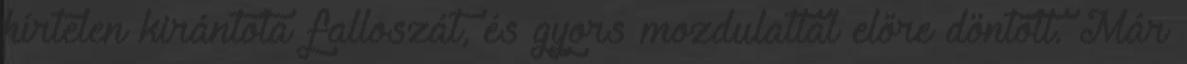
hírtelen kirántota falloszát, és gyors mozdulattal előre döntött. Már